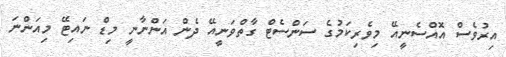
އިރުވެސް އޮއްސެނީއޭ މިވެރިކަމުގެ ސަންސެޓް ގާތްވަނީއޭ ދެން އަންނާނީ މިޑް ނައިޓޭ މިއަންނަ